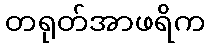
တရုတ်အာဖရိက